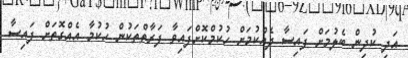
އަދި ކުދިން ބެލުމަށް ފައިސާ ދެއްކުމަށް ހުކުމްކޮށްފައިވާ ފަރާތްތަކުން ހުކުމާ އެއްގޮތަށް ފައިސާ